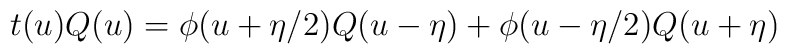
t(u)Q(u)=\phi(u+\eta/2)Q(u-\eta) + \phi(u-\eta/2)Q(u+\eta)